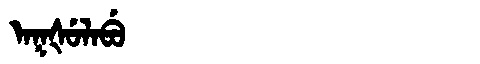
Manchu: ᠠᡴᡧᡠᠯᠠᠪᡠ
Romanization: AKŠULABU